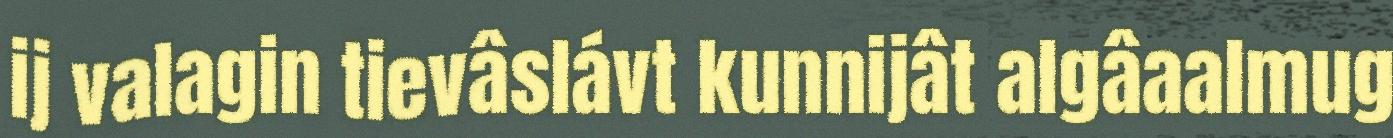
ij valagin tievâslávt kunnijât algâaalmug